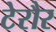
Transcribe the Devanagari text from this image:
टेरौर